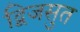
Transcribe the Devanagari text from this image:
द्विजसुत